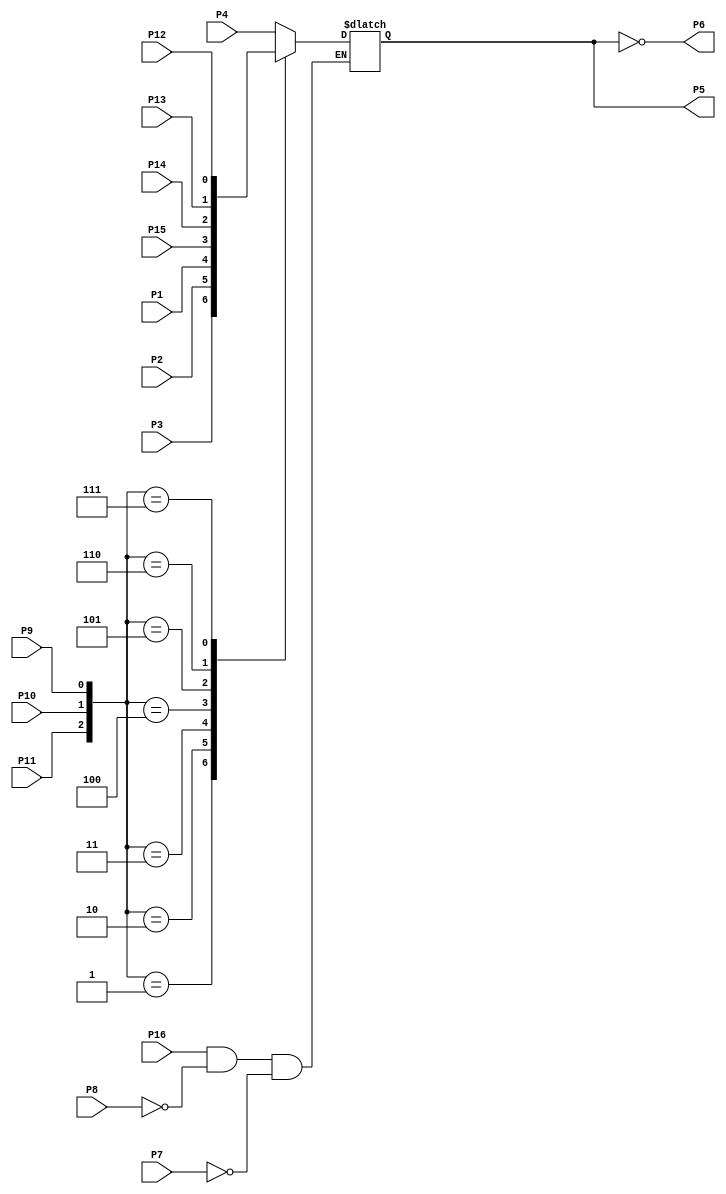
module sn74151 (P1,P2,P3,P4,P5,P6,P7,P8,P9,P10,P11,P12,P13,P14,P15,P16); 
   input wire P4, P3, P2, P1, P15, P14, P13, P12, P7, P11, P10, P9, P8, P16;
   output reg P5;  
   output wire P6; 
   assign P6 = ~P5;
   always @(P1, P2, P3, P4, P7, P8, P9, P10, P11, P12, P13, P14, P15, P16) begin
      if ((P16 == 1'b 1) && (P8 == 1'b 0) &&  (P7 == 1'b 0)) begin
         case ({P11,P10,P9})
            3'b000: P5=P4; 
            3'b001: P5=P3;
            3'b010: P5=P2;
            3'b011: P5=P1;
            3'b100: P5=P15;
            3'b101: P5=P14;
            3'b110: P5=P13;
            3'b111: P5=P12;
         endcase 
      end
   end
endmodule